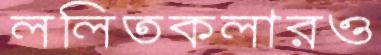
ললিতকলারও